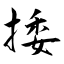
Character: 捼